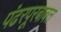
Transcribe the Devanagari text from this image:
पंढरपूरबाबत